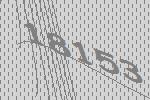
18153